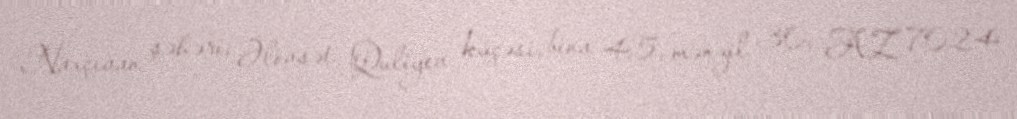
Naxçıvan şəhəri, Əlövsət Quliyev küçəsi, bina 45, mənzil 30, AZ 7024